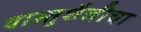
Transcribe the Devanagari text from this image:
वास्तुशैलीचा